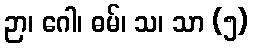
ဉာ၊ ဂေါ၊ ဓမ်၊ သ၊ သာ (၅)